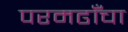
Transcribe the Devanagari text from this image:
परमढाँचा